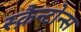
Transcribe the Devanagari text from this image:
स्क्रैन्टोन्स